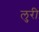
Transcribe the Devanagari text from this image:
लुरी